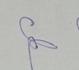
Signature authenticity: genuine